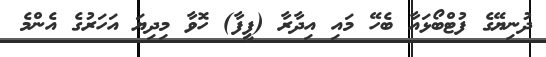
ދުނިޔޭގެ ފުޓްބޯޅައާ ބެހޭ މައި އިދާރާ (ފީފާ) ހޮވާ މިދިޔަ އަހަރުގެ އެންމެ